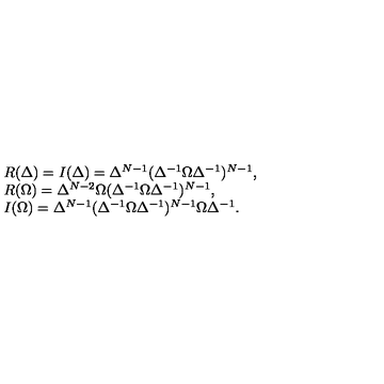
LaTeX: \begin{array} { l } { R ( \Delta ) = I ( \Delta ) = \Delta ^ { N - 1 } ( \Delta ^ { - 1 } \Omega \Delta ^ { - 1 } ) ^ { N - 1 } , } \\ { R ( \Omega ) = \Delta ^ { N - 2 } \Omega ( \Delta ^ { - 1 } \Omega \Delta ^ { - 1 } ) ^ { N - 1 } , } \\ { I ( \Omega ) = \Delta ^ { N - 1 } ( \Delta ^ { - 1 } \Omega \Delta ^ { - 1 } ) ^ { N - 1 } \Omega \Delta ^ { - 1 } . } \\ \end{array}